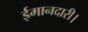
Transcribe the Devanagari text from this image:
ईमानदारी।